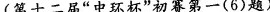
(第十二届”中环杯”初赛第一(6)题)